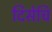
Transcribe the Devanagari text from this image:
दिसेचि